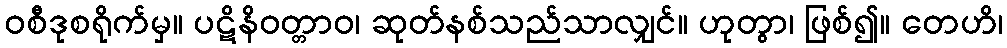
ဝစီဒုစရိုက်မှ။ ပဋိနိဝတ္တာဝ၊ ဆုတ်နစ်သည်သာလျှင်။ ဟုတွာ၊ ဖြစ်၍။ တေဟိ၊